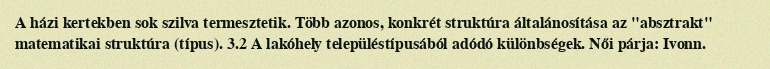
A házi kertekben sok szilva termesztetik. Több azonos, konkrét struktúra általánosítása az "absztrakt" matematikai struktúra (típus). 3.2 A lakóhely településtípusából adódó különbségek. Női párja: Ivonn.